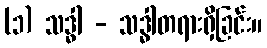
(၁) သဒ္ဓါ - သဒ္ဓါတရားရှိခြင်း။